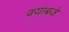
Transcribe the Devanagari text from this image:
क्याबजे